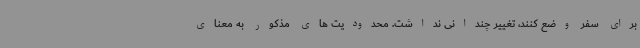
برای سفر وضع کنند، تغییر چندانی نداشت. محدودیت های مذکور به معنای